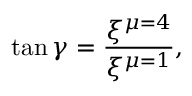
\tan \gamma = \frac { \xi ^ { \mu = 4 } } { \xi ^ { \mu = 1 } } ,